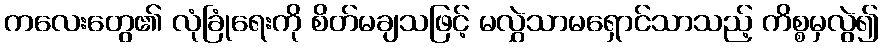
ကလေးတွေ၏ လုံခြုံရေးကို စိတ်မချသဖြင့် မလွှဲသာမရှောင်သာသည့် ကိစ္စမှလွဲ၍